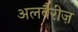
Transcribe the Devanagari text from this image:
अलबैरीज़